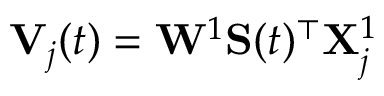
\mathbf { V } _ { j } ( t ) = \mathbf { W } ^ { 1 } \mathbf { S } ( t ) ^ { \top } \mathbf { X } _ { j } ^ { 1 }